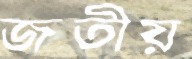
জতীয়